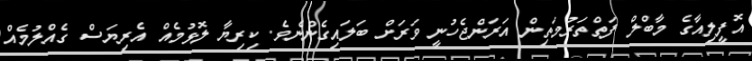
އޮފީލިއާގެ މާބްލް ފަތްތަރުމަތިން އަރަންޖެހުނީ ވަރަށް ބަލައިގެންނެވެ. ކިރިޔާ ލޮޅުމެއް އެރިޔަސް ގެއްލުމެއް